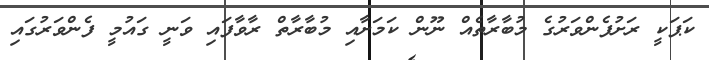
ކަޕަކީ ރަށުފެންވަރުގެ މުބާރާތެއް ނޫން ކަމަށާއި މުބާރާތް ރާވާފައި ވަނީ ގައުމީ ފެންވަރުގައި